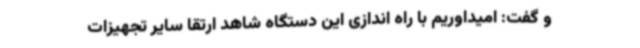
و گفت: امیداوریم با راه اندازی این دستگاه شاهد ارتقا سایر تجهیزات